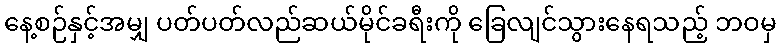
နေ့စဉ်နှင့်အမျှ ပတ်ပတ်လည်ဆယ်မိုင်ခရီးကို ခြေလျင်သွားနေရသည့် ဘဝမှ